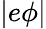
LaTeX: |e\phi|